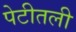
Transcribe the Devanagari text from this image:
पेटीतली